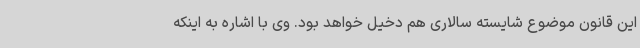
این قانون موضوع شایسته سالاری هم دخیل خواهد بود. وی با اشاره به اینکه